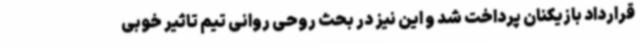
قرارداد بازیکنان پرداخت شد و این نیز در بحث روحی روانی تیم تاثیر خوبی